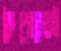
কৈশোরেরই